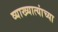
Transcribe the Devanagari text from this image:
व्याख्यात्यांच्या